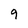
Character: 9